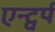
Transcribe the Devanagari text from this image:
एन्ट्वर्प